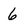
Character: 6